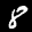
Label: 8